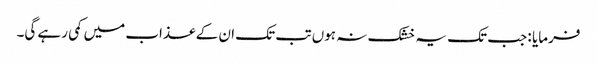
فرمایا : جب تک یہ خشک نہ ہوں تب تک ان کے عذاب میں کمی رہے گی۔